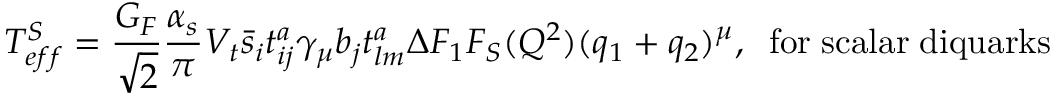
T _ { e f f } ^ { S } = { \frac { G _ { F } } { \sqrt 2 } } { \frac { \alpha _ { s } } { \pi } } V _ { t } \bar { s } _ { i } t _ { i j } ^ { a } \gamma _ { \mu } b _ { j } t _ { l m } ^ { a } \Delta F _ { 1 } F _ { S } ( Q ^ { 2 } ) ( q _ { 1 } + q _ { 2 } ) ^ { \mu } , \; \; \mathrm { f o r \; s c a l a r \; d i q u a r k s } \,